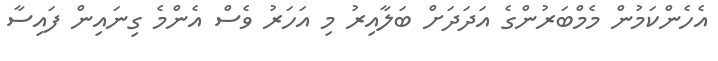
އެހެންކަމުން މެމްބަރުންގެ އަދަދަށް ބަލާއިރު މި އަހަރު ވެސް އެންމެ ގިނައިން ފައިސާ